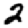
Digit: 2